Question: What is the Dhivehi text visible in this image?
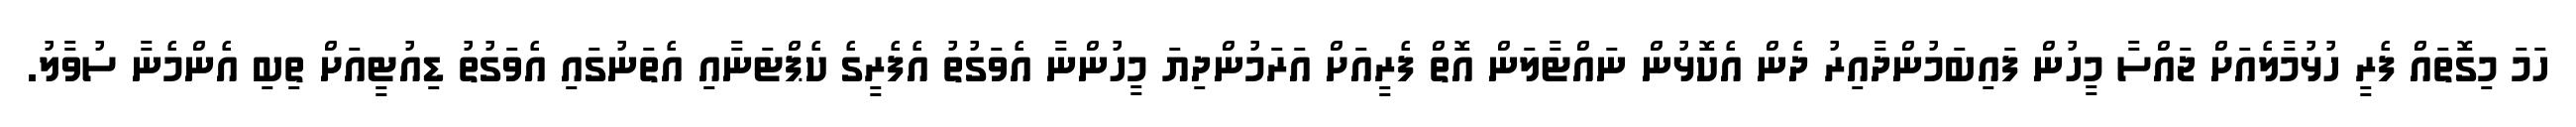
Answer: ހަމަ މިގޮތައް ފެރީ ހުޅުމާލެއަށް ޖައްސާ މީހުން ފައިބަމުންދާއިރު ދެން އެކޮޅުން ނައްޓާލަން އޮތް ފެރީއަށް އަރަމުންދިޔަ މީހުންނާ އެވަގުތު އެފެރީގެ ކެޕްޓަނާއި އެތަނުގައި އެވަގުތު ޑިއުޓީއަށް ތިބި އެންމެނާ ސުވާލު.